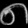
Digit: ၈